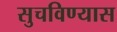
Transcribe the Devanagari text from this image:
सुचविण्यास